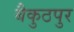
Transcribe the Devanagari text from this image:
बैकुठपुर